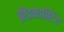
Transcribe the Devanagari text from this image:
ब्रौडकास्टिंग